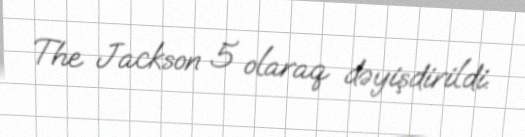
The Jackson 5 olaraq dəyişdirildi.